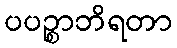
ပပဉ္စာဘိရတာ